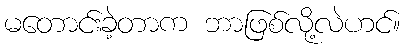
မတောင်းခဲ့တာက ဘာဖြစ်လို့လဲဟင်။